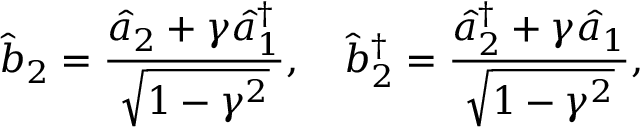
\hat { b } _ { 2 } = \frac { \hat { a } _ { 2 } + \gamma \hat { a } _ { 1 } ^ { \dagger } } { \sqrt { 1 - \gamma ^ { 2 } } } , \quad \hat { b } _ { 2 } ^ { \dagger } = \frac { \hat { a } _ { 2 } ^ { \dagger } + \gamma \hat { a } _ { 1 } } { \sqrt { 1 - \gamma ^ { 2 } } } ,